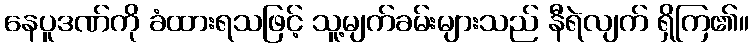
နေပူဒဏ်ကို ခံထားရသဖြင့် သူ့မျက်ခမ်းများသည် နီရဲလျက် ရှိကြ၏။